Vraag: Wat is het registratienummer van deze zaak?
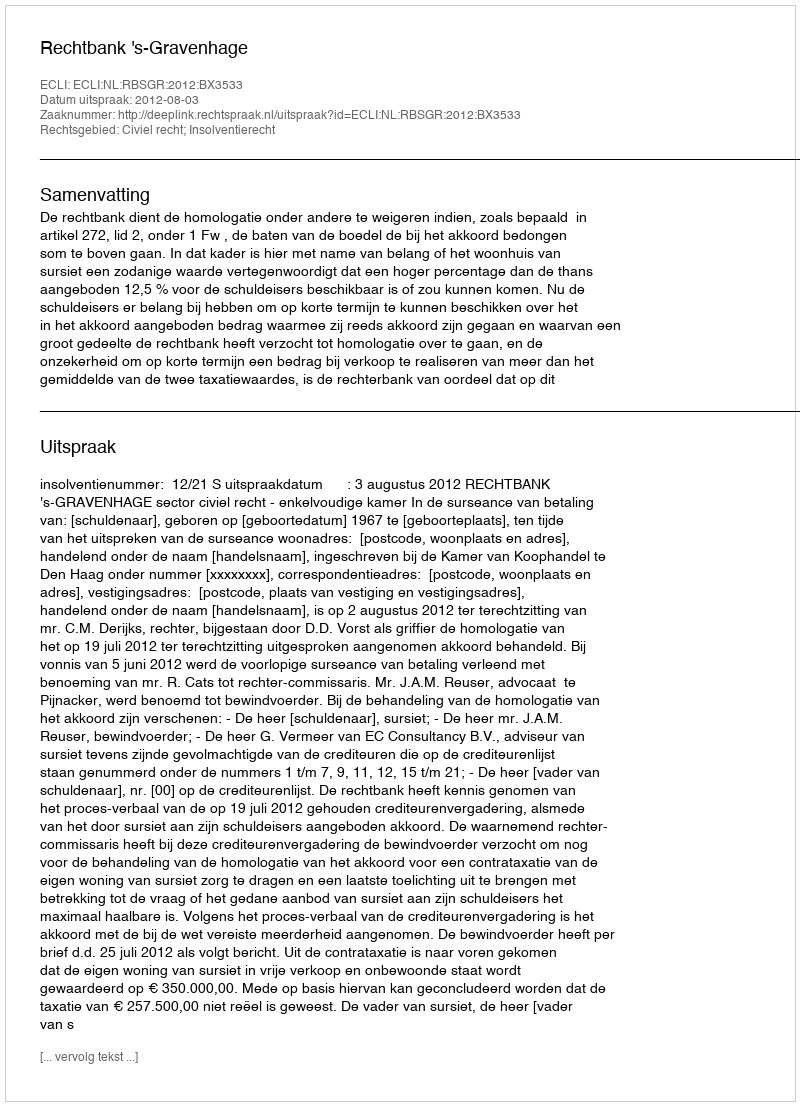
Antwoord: http://deeplink.rechtspraak.nl/uitspraak?id=ECLI:NL:RBSGR:2012:BX3533